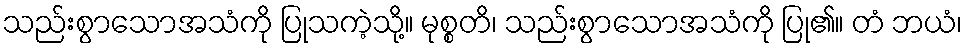
သည်းစွာသောအသံကို ပြုသကဲ့သို့။ မုစ္စတိ၊ သည်းစွာသောအသံကို ပြု၏။ တံ ဘယံ၊